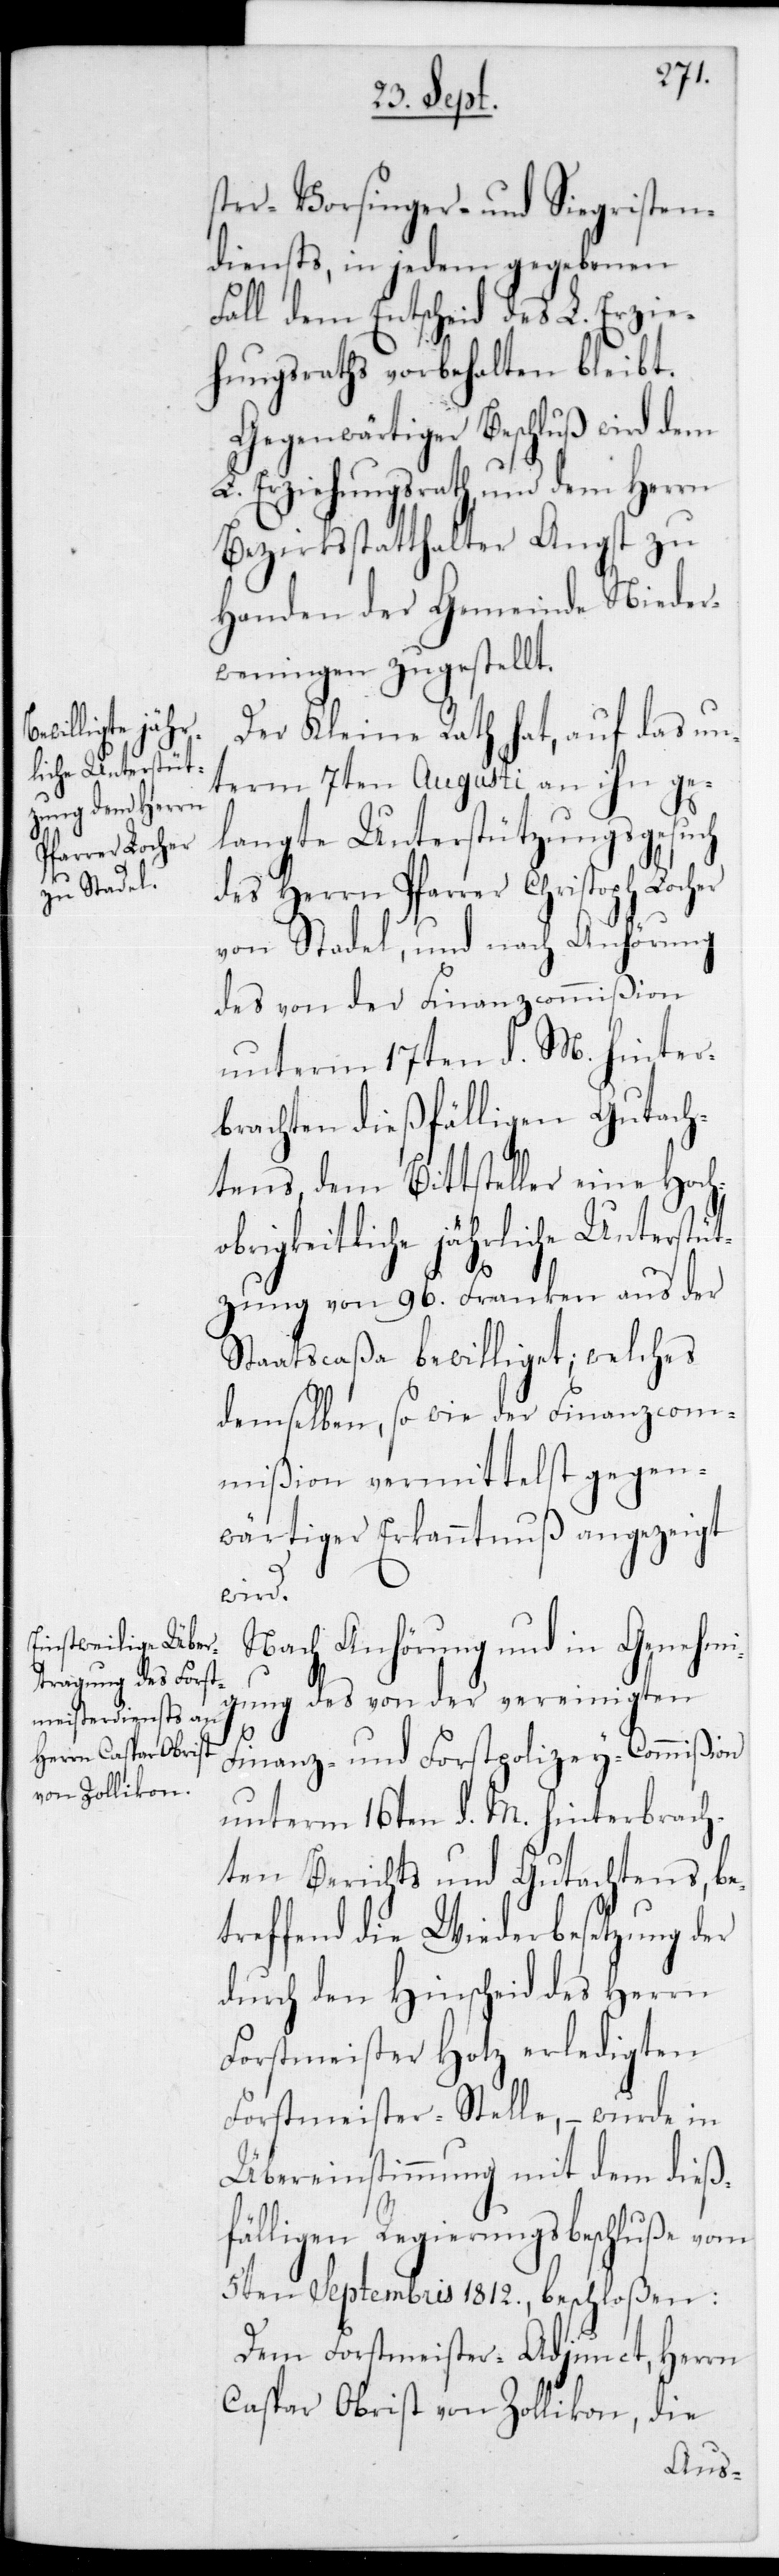
ster-, Vorsinger- und Siegristen¬
diensts, in jedem gegebenen
Fall dem Entscheid des L. Erzie¬
hungsraths vorbehalten bleibt.
Gegenwärtiger Beschluß wird dem
L. Erziehungsrath und dem Herrn
Bezirksstatthalter Angst zu
Handen der Gemeinde Nieder¬
weningen zugestellt.
Der Kleine Rath hat, auf das un¬
term 7ten Augusti an ihn ge¬
langte Unterstützungsgesuch
des Herrn Pfarrer Christoph Locher
von Stadel, und nach Anhörung
des von der Finanzcommißion
unterm 17ten d. M. hinter¬
brachten dießfälligen Gutach¬
tens, dem Bittsteller eine Hoch¬
obrigkeitliche jährliche Unterstüt¬
zung von 96 Franken aus der
Staatscaßa bewilliget; welches
demselben, sowie der Finanzcom¬
mißion vermittelst gegen¬
wärtiger Erkanntnuß angezeigt
wird.
Nach Anhörung und in Genehmi¬
gung des von der vereinigten
Finanz- und ForstpolizeyCommißion
unterm 16ten d. M. hinterbrach¬
ten Berichts und Gutachtens, be¬
treffend die Wiederbesetzung der
durch den Hinscheid des Herrn
Forstmeister Hotz erledigten
Forstmeister-Stelle, – wurde in
Übereinstimmung mit dem dieß¬
fälligen Regierungsbeschluße vom
5ten Septembris 1812 beschloßen:
Dem Fortsmeister-Adjunct, Herrn
Caspar Obrist von Zollikon, die